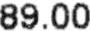
89.00